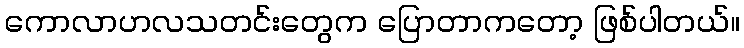
ကောလာဟလသတင်းတွေက ပြောတာကတော့ ဖြစ်ပါတယ်။